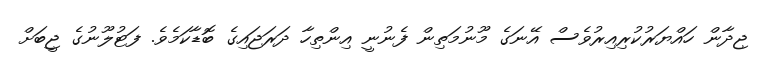
ޖިދާން ހައްޔަރުކުރިއިރުވެސް އޭނަގެ މޫނުމަތިން ފެނުނީ އިންތިހާ ދަރަޖައިގެ ބޮޑާކަމެވެ. ފަޓުލޫނުގެ ޖީބަށް